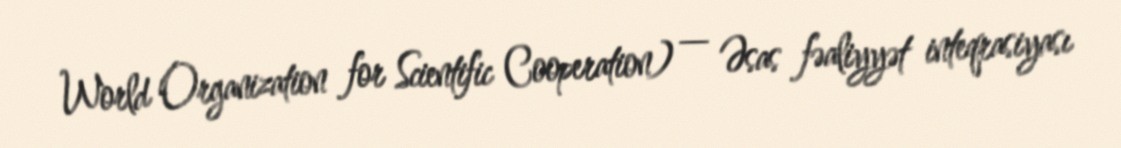
World Organization for Scientific Cooperation) — Əsas fəaliyyət inteqrasiyası